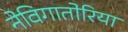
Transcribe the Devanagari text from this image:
नेविगातोरिया